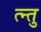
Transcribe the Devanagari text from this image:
त्न्तु